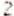
2